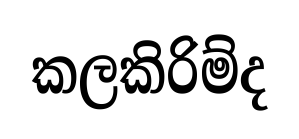
කලකිරිම්ද